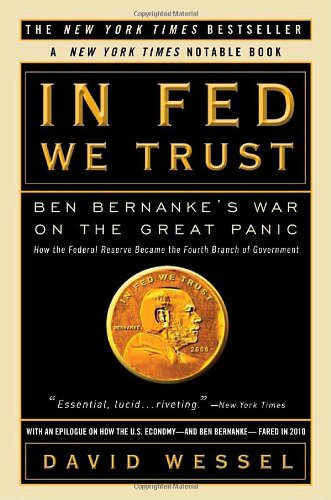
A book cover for In FED We Trust: Ben Bernanke's War on the Great Panic; David Wessel; Business & Money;